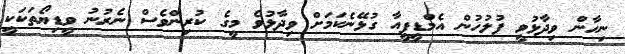
ނިހާން ވިދާޅުވީ ފުލުހުން އެމްޑީޕީއާ ގުޅޭނެކަމަށް ވިދާޅުވެ މީގެ ކުރިންވެސް ނެރުނު ވީޑިޔޯތަކަކީ